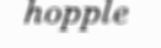
hopple